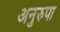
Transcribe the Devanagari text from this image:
अनुरुपा